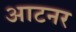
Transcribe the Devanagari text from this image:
आटनर